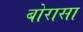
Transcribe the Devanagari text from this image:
बोरासा